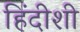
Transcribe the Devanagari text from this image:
हिंदीशी